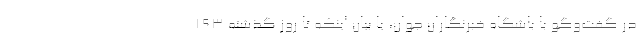
در گفت‌وگو با باشگاه خبرنگاران جوان، با بیان اینکه تا روز گذشته ۱۹۳